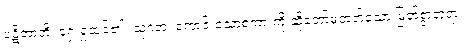
ပဋိဘာတိ၊ ရှေးရှုထင်၏။ သုဂတ၊ ကောင်းသောစကားကို ဆိုတော်မူတတ်သော မြတ်စွာဘုရား။